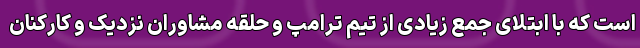
است که با ابتلای جمع زیادی از تیم ترامپ و حلقه مشاوران نزدیک و کارکنان